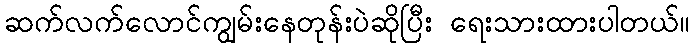
ဆက်လက်လောင်ကျွမ်းနေတုန်းပဲဆိုပြီး ရေးသားထားပါတယ်။